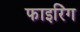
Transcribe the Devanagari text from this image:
फाइरिंग